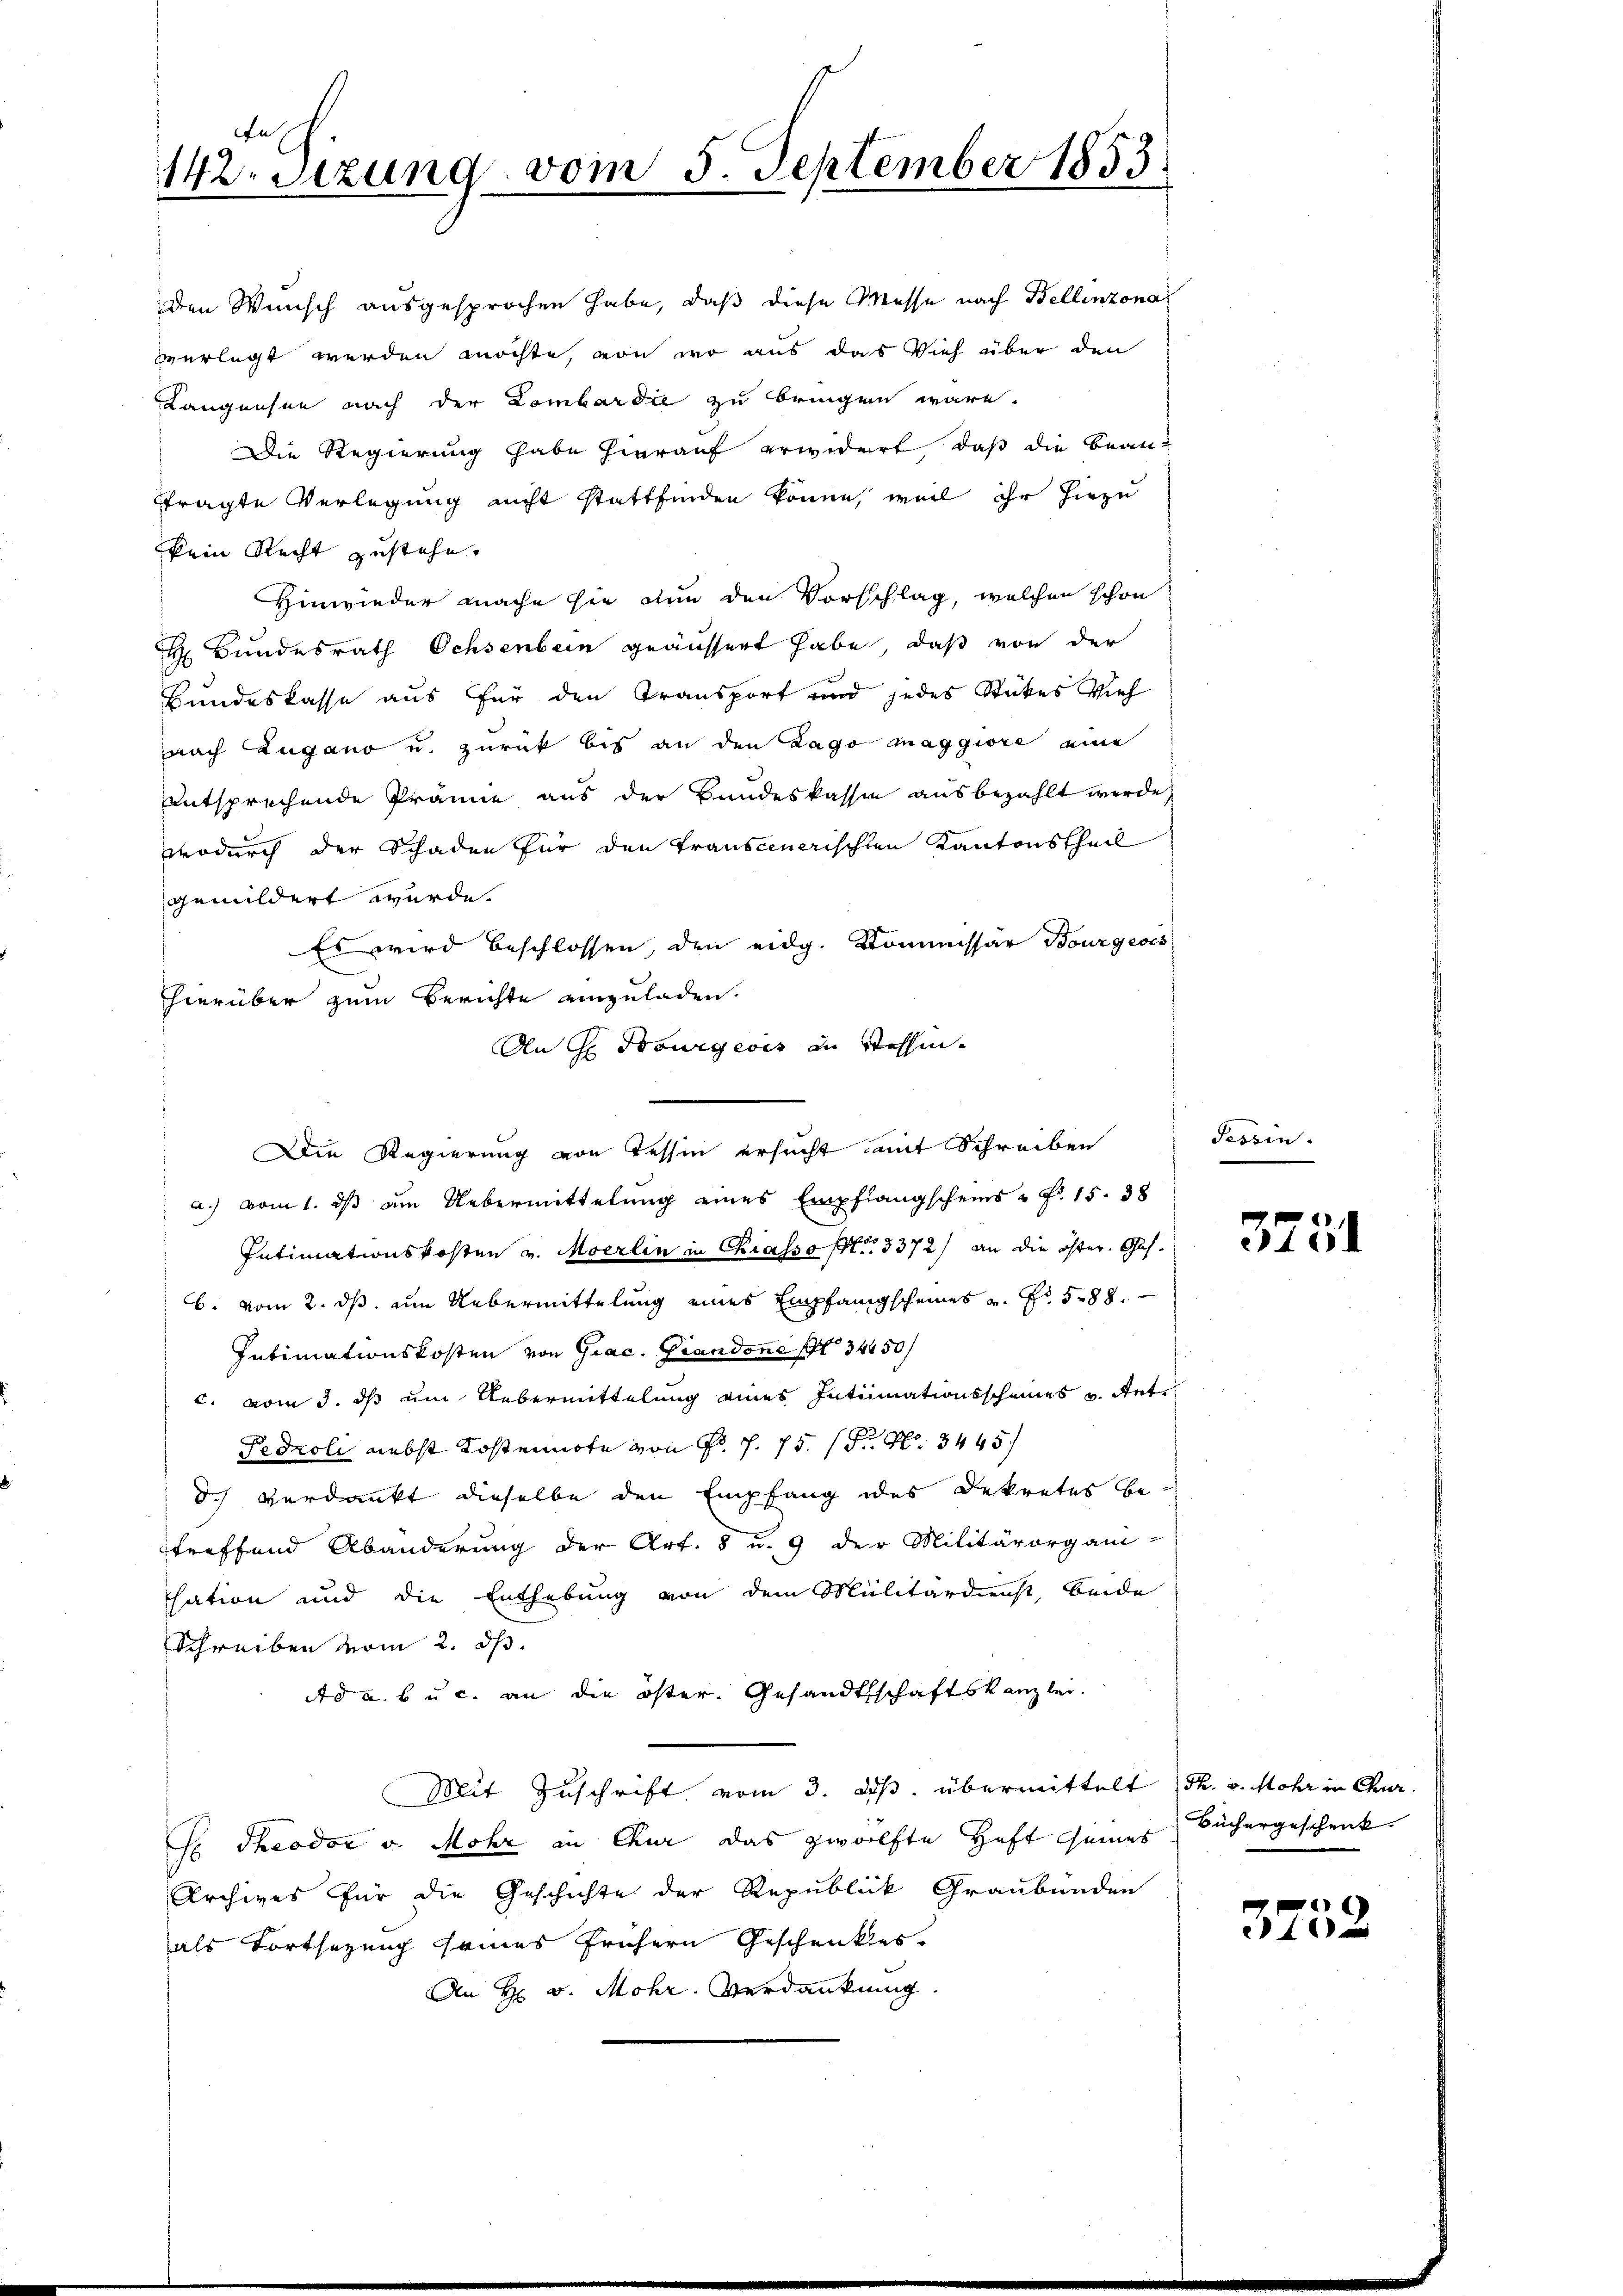
ech.
142sizung vom 5. September 1853.

den Wunsch ausgesprochen habe, daß diese Messe nach Bellinzona
verlegt werden möchte, von wo aus das Vieh über den
Langensee nach der Lombardie zu bringen wäre.
Die Regierung habe hierauf erwidert, daß die Beanftragte Verlegung nicht stattfinden könne, weil ihr hiezu
kein Recht zustehe.
Hinwieder mache sie nun den Vorschlag, welchen schon
H Bundesrath Ochsenbern geäussert habe, daß von der
Bundeskasse aus für den Transport und jedes Stückes Vieh
nach Lugano u. zurück bis an den Lago maggiore eine
entsprechende Prämie aus der Bundeskassen ausbezahlt werde,
wodurch der Schaden für den transcuerischen Kantonstheil
gemildert wurde.
Es wird beschlossen, den eidg. Kommissar Bourgeois
hierüber zum Berichte einzuladen.
a.) vom 1. ds am Uebermittelung eines Empfangscheins - Fr. 15. 38
Intimationskosten v. Moerlin in Chiasso pr. 3372) an die öster. Ges.
b. vom 2. ds. ein Uebermittelung eines Empfangscheines v. Fr. 588.
Intimationskosten von Giac. Grandone No 3450f
c. vom 3. ds um Uebermittelung eines Intimationsscheines v. Antr
Fedroli nebst Kostennote von Fr. f. 75. P. Nr. 3445
d.) Verdankt dieselbe den Empfang des Dekretes be-
treffend Abänderung der Art. 5 u. 9 der Militärorgani-
sation und die Enthebung von dem Militärdienst, beide
Schreiben vom 2. ds.
Ad a. b u. c. an die öster. Gesandtschaftskanzlei.
Mit Zuschrift vom 3. ds. übermittelt (s. v. Mohr in Chur.
 Theodor v. Mohr in Chur das zwölfte Haft seines Büchergeschenk
Archives für die Geschichte der Republick Graubünden
als Fortsezung seines frühern Geschenktes.
An H v. Mohr. Verdankung

An G. Bourgeois in Washin¬
Die Regierung von Tessin ersucht mit Schreiben

Tessin.

3731

)
e